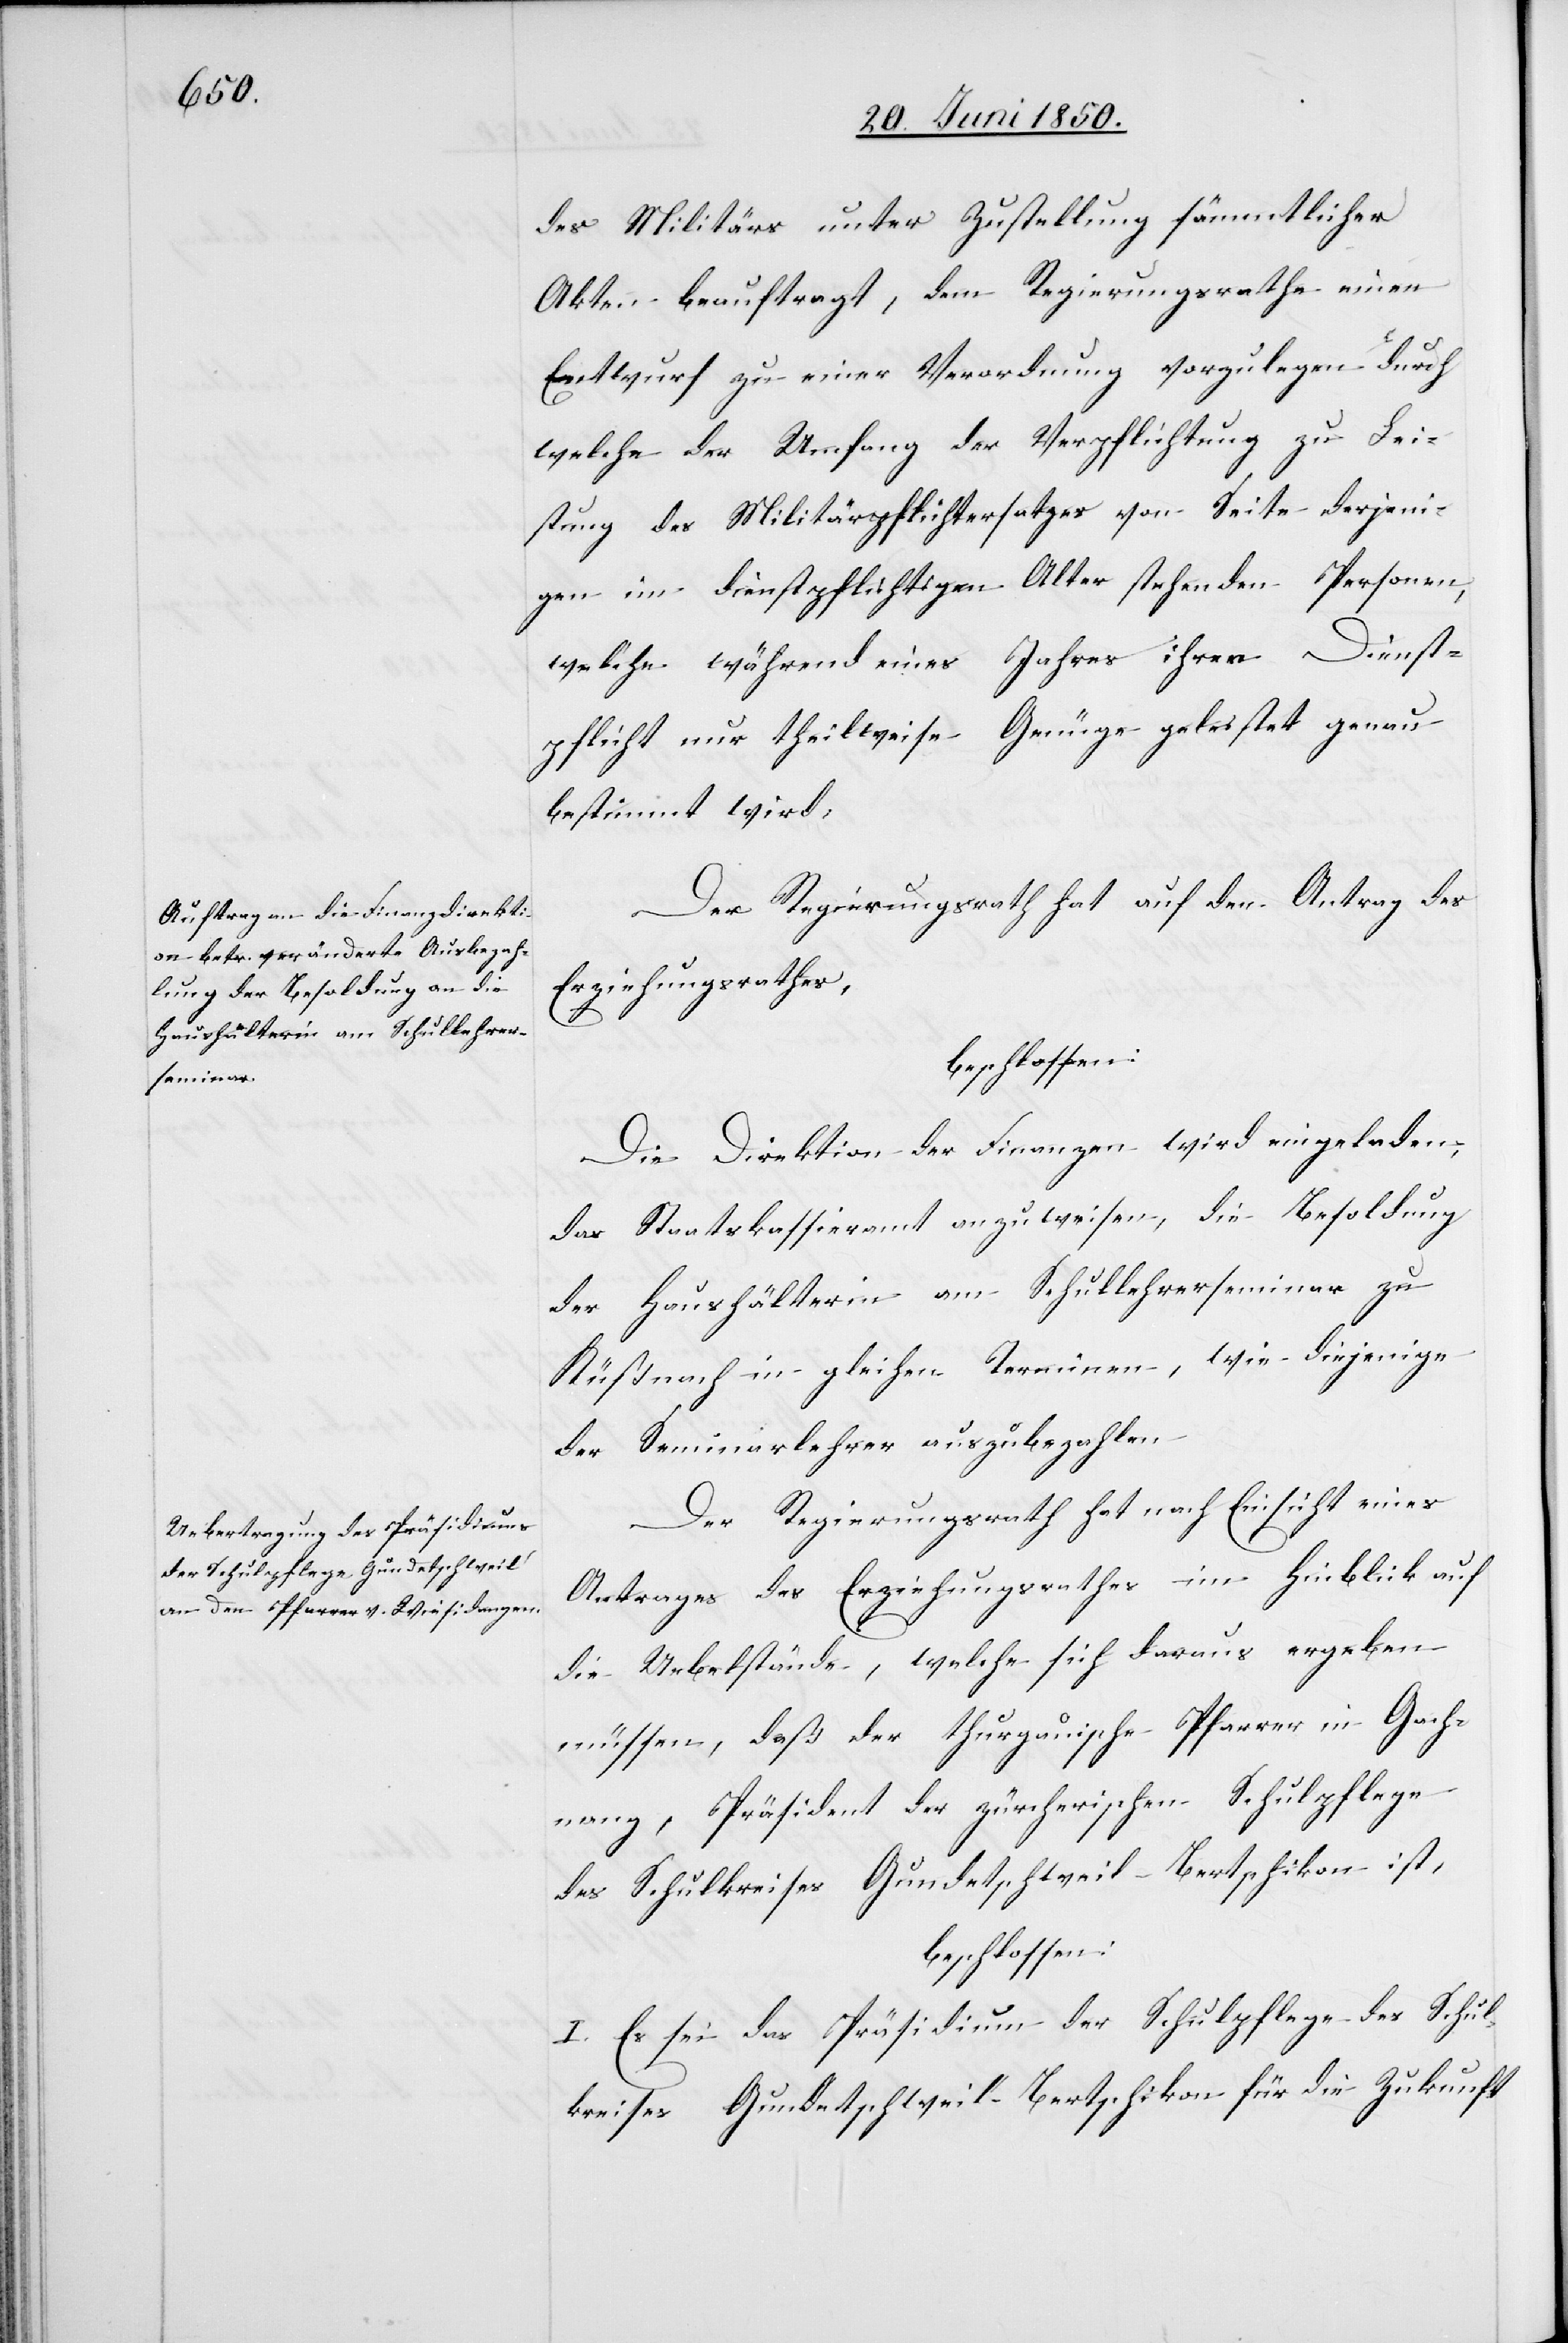
des Militärs unter Zustellung sämmtlicher
Akten beauftragt, dem Regierungsrathe einen
Entwurf zu einer Verordnung vorzulegen durch
welche der Umfang der Verpflichtung zu Lei¬
stung des Militärpflichtersatzes von Seite derjeni¬
gen im dienstpflichtigen Alter stehenden Personen,
welche während eines Jahres ihrer Dienst¬
pflicht nur theilweise Genüge geleistet genau
bestimmt wird;
Der Regierungsrath hat auf den Antrag des
Erziehungsrathes,
beschlossen:
Die Direktion der Finanzen wird eingeladen,
das Staatskassieramt anzuweisen, die Besoldung
der Haushälterin am Schullehrerseminar zu
Küßnach[t] in gleichen Terminen, wie diejenige
der Seminarlehrer auszubezahlen.
Der Regierungsrath hat nach Einsicht eines
Antrages des Erziehungsrathes im Hinblick auf
die Uebelstände, welche sich daraus ergeben
müssen, daß der thurgauische Pfarrer in Gach¬
nang, Präsident der zürcherischen Schulpflege
des Schulkreises Gundetschweil-Bertschikon ist,
beschlossen:
I. Es sei das Präsidium der Schulpflege des Schul¬
kreises Gundetschweil-Bertschikon für die Zukunft